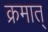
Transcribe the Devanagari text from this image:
क्रमात्